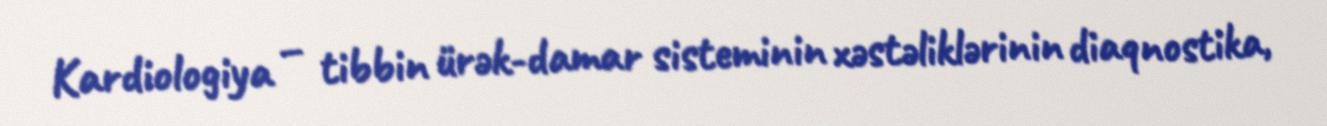
Kardiologiya – tibbin ürək-damar sisteminin xəstəliklərinin diaqnostika,